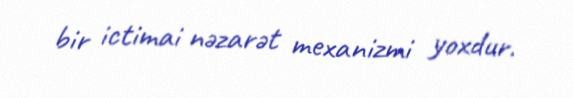
bir ictimai nəzarət mexanizmi yoxdur.